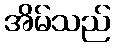
အိမ်သည်